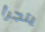
يتجرأ